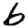
Digit: 6